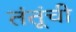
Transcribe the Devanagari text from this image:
तंतूंची